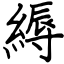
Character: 縟